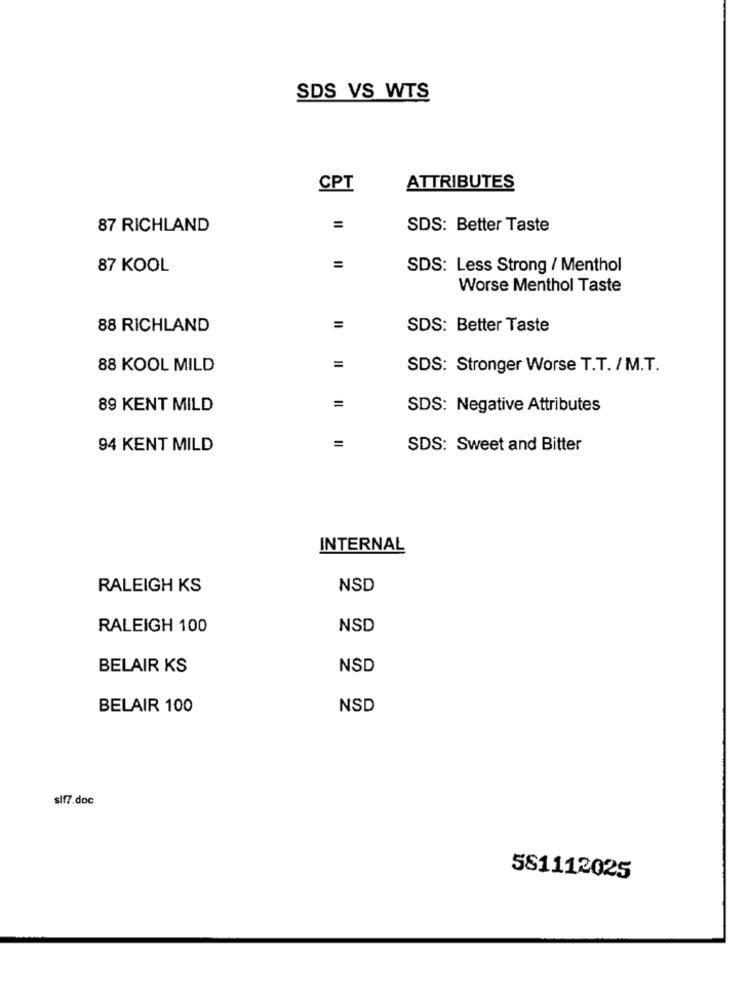
SDS VS WTS
CPT
ATTRIBUTES
87 RICHLAND
SDS: Better Taste
87 KOOL
SDS: Less Strong / Menthol
Worse Menthol Taste
88 RICHLAND
SDS: Better Taste
=
88 KOOL MILD
SDS: Stronger Worse T.T. / M.T.
=
89 KENT MILD
SDS: Negative Attributes
=
94 KENT MILD
SDS: Sweet and Bitter
INTERNAL
RALEIGH KS
NSD
RALEIGH 100
NSD
BELAIR KS
NSD
BELAIR 100
NSD
slf7.doc
581112025